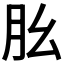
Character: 𦘷